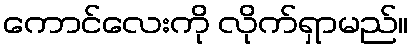
ကောင်လေးကို လိုက်ရှာမည်။